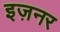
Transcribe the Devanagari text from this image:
इज़नर